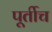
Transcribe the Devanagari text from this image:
पूर्तीच